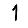
Digit: 1